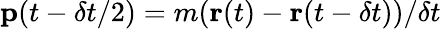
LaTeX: \textbf{p}(t-\delta t/2)=m(\textbf{r}(t)-\textbf{r}(t-\delta t))/\delta t